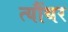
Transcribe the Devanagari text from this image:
त्यौंथर